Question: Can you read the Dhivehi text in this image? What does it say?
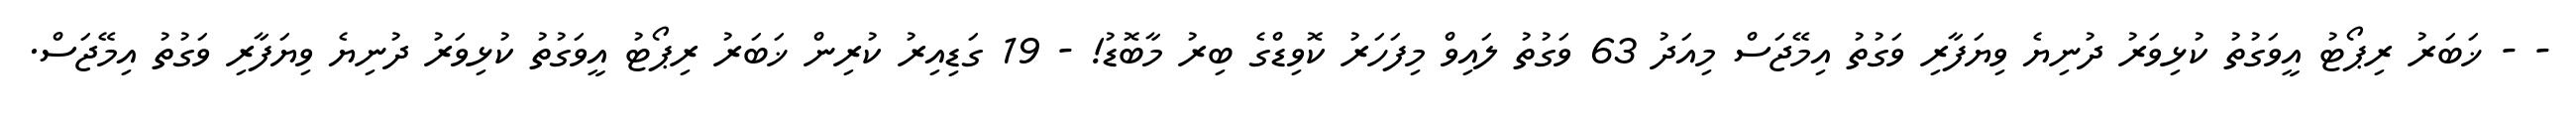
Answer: - - ޚަބަރު ރިޕޯޓު އީވަގުތު ކުޅިވަރު ދުނިޔެ ވިޔަފާރި ވަގުތު އިމޭޖަސް މިއަދު 63 ވަގުތު ލައިވް މިފަހަރު ކޮވިޑްގެ ބިރު މާބޮޑު! - 19 ގަޑިއިރު ކުރިން ޚަބަރު ރިޕޯޓު އީވަގުތު ކުޅިވަރު ދުނިޔެ ވިޔަފާރި ވަގުތު އިމޭޖަސް.